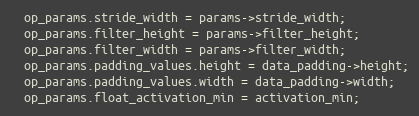
Language: C++
  op_params.stride_width = params->stride_width;
  op_params.filter_height = params->filter_height;
  op_params.filter_width = params->filter_width;
  op_params.padding_values.height = data_padding->height;
  op_params.padding_values.width = data_padding->width;
  op_params.float_activation_min = activation_min;